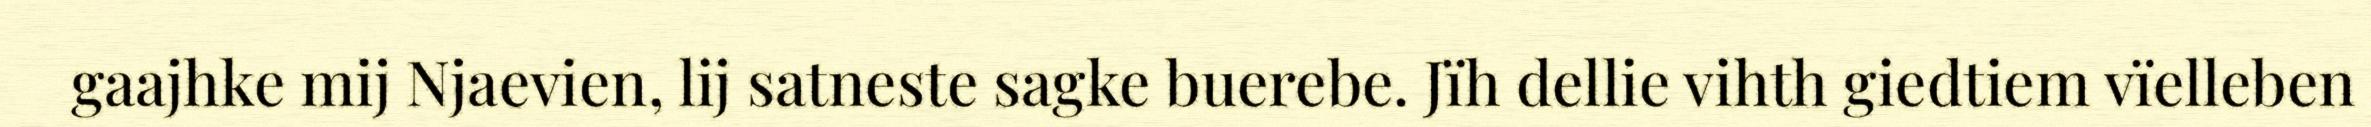
gaajhke mij Njaevien, lij satneste sagke buerebe. Jïh dellie vihth giedtiem vïelleben